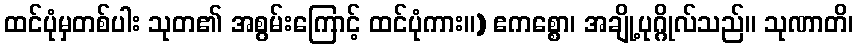
ထင်ပုံမှတစ်ပါး သုတ၏ အစွမ်းကြောင့် ထင်ပုံကား။) ဧကစ္စော၊ အချို့ပုဂ္ဂိုလ်သည်။ သုဏာတိ၊